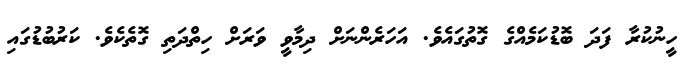
ހީނުކުރާ ފަދަ ބޮޑުކަމެއްގެ ގޮތުގައެވެ. އަހަރެންނަށް ދިމާވީ ވަރަށް ހިތްދަތި ގޮތެކެވެ. ކަރުބުޑުގައި